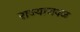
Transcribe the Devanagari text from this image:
राज्याजवळ